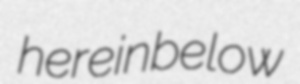
hereinbelow